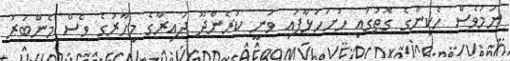
ނަމަވެސް ހެކިންގެ ގޮތުގައި ހުށަހަޅާފައި ވަނީ ކުރެންދޫ ދައިރާގެ މިހާރުގެ ވެސް މެންބަރު